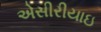
એસીરીયાઇ